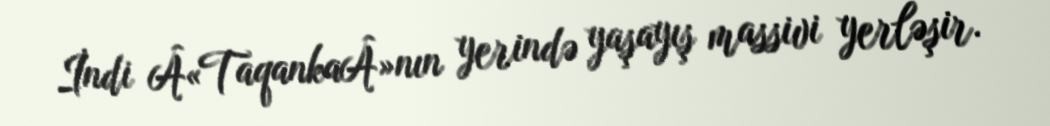
İndi Â«TaqankaÂ»nın yerində yaşayış massivi yerləşir.